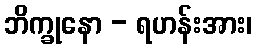
ဘိက္ခုနော - ရဟန်းအား၊